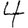
Digit: 4